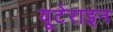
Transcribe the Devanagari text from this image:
यूटेराइन